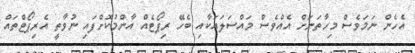
އެހެން ނަމަވެސް މިހާތަނަށް އެއްވެސް މައްސަލައަކާއި ބެހޭ ރިޕޯޓެއް އާންމުކޮށްފައި ނުވާތީ އެރިޕޯޓްތައް